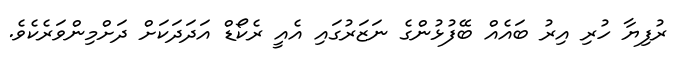
ރުފިޔާ ހުރި އިރު ބައެއް ބޭފުޅުންގެ ނަޒަރުގައި އެއީ ރެކޯޑް އަދަދަކަށް ދަށްމިންވަރެކެވެ.